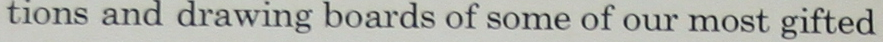
tions and drawing boards of some of our most gifted